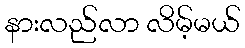
နားလည်လာ လိမ့်မယ်